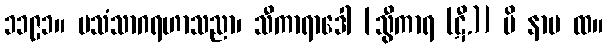
၁၁၉၁။ ပသံသာဂရဟာသညာ၊ သီကာရာဒေါ [သွီကာရ (ဋီ.)] ပိ နာမ ထ။